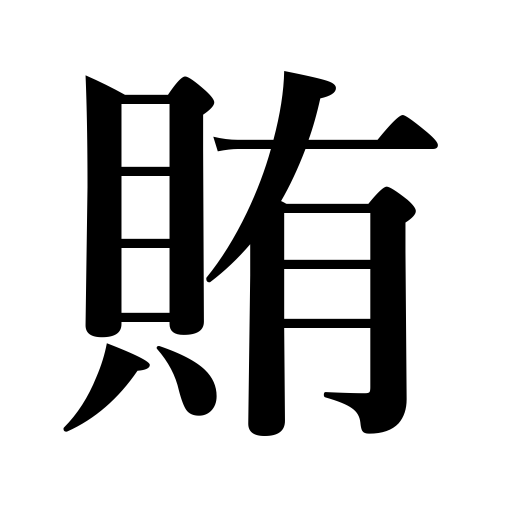
Meanings: finance,supply,board